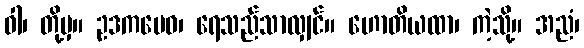
ဝါ၊ တို့မှ။ ဥဒကမေဝ၊ ရေသည်သာလျှင်။ ဟောတိယထာ၊ ကဲ့သို့။ အညံ၊